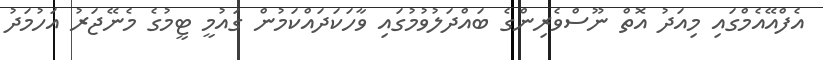
އެފްއޭއެމްގައި މިއަދު އޮތް ނޫސްވެރިންގެ ބައްދަލުވުމުގައި ވާހަކަދައްކަމުން ގައުމީ ޓީމުގެ މެނޭޖަރު އަހުމަދު